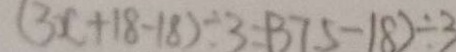
( 3 x + 1 8 - 1 8 ) \div 3 = ( 3 7 . 5 - 1 8 ) \div 3